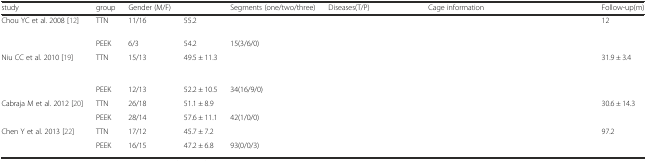
<table><thead><tr><td><b>study</b></td><td><b>group</b></td><td><b>Gender (M/F)</b></td><td>[EMPTY_CELL]</td><td><b>Segments (one/two/three)</b></td><td><b>Diseases(T/P)</b></td><td><b>Cage information</b></td><td><b>Follow-up(m)</b></td></tr></thead><tbody><tr><td rowspan="2">Chou YC et al. 2008 [12]</td><td>TTN</td><td>11/16</td><td>55.2</td><td>[EMPTY_CELL]</td><td rowspan="2">[EMPTY_CELL]</td><td>[EMPTY_CELL]</td><td>12</td></tr><tr><td>PEEK</td><td>6/3</td><td>54.2</td><td>15(3/6/0)</td><td>[EMPTY_CELL]</td><td>[EMPTY_CELL]</td></tr><tr><td rowspan="2">Niu CC et al. 2010 [19]</td><td>TTN</td><td>15/13</td><td>49.5 ± 11.3</td><td>[EMPTY_CELL]</td><td rowspan="2">[EMPTY_CELL]</td><td>[EMPTY_CELL]</td><td>31.9 ± 3.4</td></tr><tr><td>PEEK</td><td>12/13</td><td>52.2 ± 10.5</td><td>34(16/9/0)</td><td>[EMPTY_CELL]</td><td>[EMPTY_CELL]</td></tr><tr><td rowspan="2">Cabraja M et al. 2012 [20]</td><td>TTN</td><td>26/18</td><td>51.1 ± 8.9</td><td>[EMPTY_CELL]</td><td rowspan="2">[EMPTY_CELL]</td><td>[EMPTY_CELL]</td><td>30.6 ± 14.3</td></tr><tr><td>PEEK</td><td>28/14</td><td>57.6 ± 11.1</td><td>42(1/0/0)</td><td>[EMPTY_CELL]</td><td>[EMPTY_CELL]</td></tr><tr><td rowspan="2">Chen Y et al. 2013 [22]</td><td>TTN</td><td>17/12</td><td>45.7 ± 7.2</td><td>[EMPTY_CELL]</td><td rowspan="2">[EMPTY_CELL]</td><td>[EMPTY_CELL]</td><td>97.2</td></tr><tr><td>PEEK</td><td>16/15</td><td>47.2 ± 6.8</td><td>93(0/0/3)</td><td>[EMPTY_CELL]</td><td>[EMPTY_CELL]</td></tr></tbody></table>